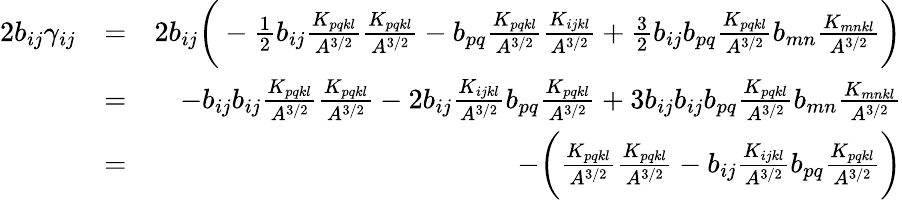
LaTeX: \begin{array}{rlr}{2b_{ij}\gamma_{ij}}&{=}&{2b_{ij}\bigg(-\frac{1}{2}b_{ij}\frac{K_{pqkl}}{A^{3/2}}\frac{K_{pqkl}}{A^{3/2}}-b_{pq}\frac{K_{pqkl}}{A^{3/2}}\frac{K_{ijkl}}{A^{3/2}}+\frac{3}{2}b_{ij}b_{pq}\frac{K_{pqkl}}{A^{3/2}}b_{mn}\frac{K_{mnkl}}{A^{3/2}}\bigg)}\\ &{=}&{-b_{ij}b_{ij}\frac{K_{pqkl}}{A^{3/2}}\frac{K_{pqkl}}{A^{3/2}}-2b_{ij}\frac{K_{ijkl}}{A^{3/2}}b_{pq}\frac{K_{pqkl}}{A^{3/2}}+3b_{ij}b_{ij}b_{pq}\frac{K_{pqkl}}{A^{3/2}}b_{mn}\frac{K_{mnkl}}{A^{3/2}}}\\ &{=}&{-\bigg(\frac{K_{pqkl}}{A^{3/2}}\frac{K_{pqkl}}{A^{3/2}}-b_{ij}\frac{K_{ijkl}}{A^{3/2}}b_{pq}\frac{K_{pqkl}}{A^{3/2}}\bigg)}\end{array}